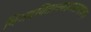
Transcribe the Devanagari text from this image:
निजदयिताननरूपसमानम्।